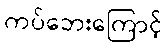
ကပ်ဘေးကြောင့်